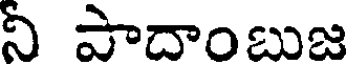
నీ పాదాంబుజ